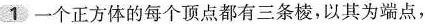
1 一个正方体的每个顶点都有三条棱，以其为端点，